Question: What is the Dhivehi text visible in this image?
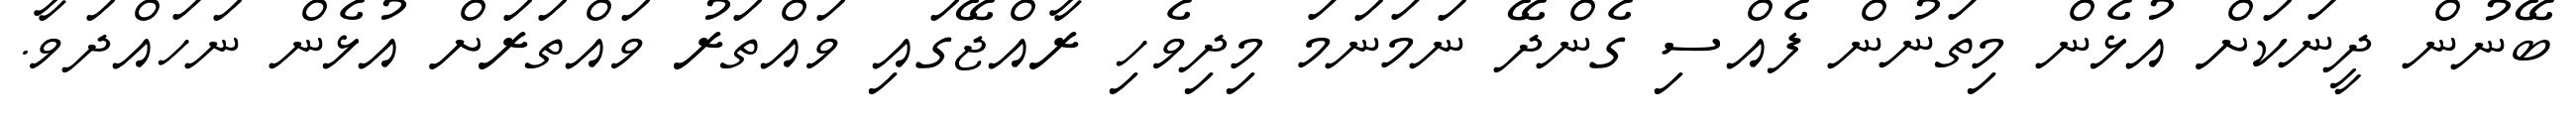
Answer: ބޭނުން ދީނަކަށް އުޅެން މިތަނުން ފެއްސި ގެންދޭ ނަމަނަމަ މިދިވެހި ރާއްޖޭގައި ވައްތަރު ވައްތަރަށް އުޅެން ނަހައްދަވާ.